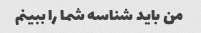
من باید شناسه شما را ببینم